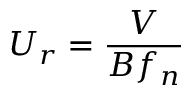
U _ { r } = \frac { V } { B f _ { n } }